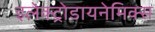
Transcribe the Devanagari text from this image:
इलेक्ट्रोडायनेमिक्स